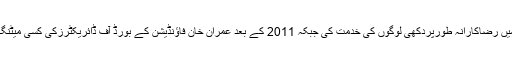
عمران خان فاؤنڈیشن میں رضاکارانہ طورپردکھی لوگوں کی خدمت کی جبکہ 2011 کے بعد عمران خان فاؤنڈیشن کے بورڈ آف ڈائریکٹرزکی کسی میٹنگ میں شرکت نہیں کی۔